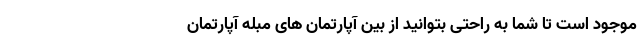
موجود است تا شما به راحتی بتوانید از بین آپارتمان های مبله آپارتمان